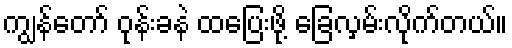
ကျွန်တော် ဝုန်းခနဲ ထပြေးဖို့ ခြေလှမ်းလိုက်တယ်။